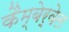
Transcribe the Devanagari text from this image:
कैम्बेर्वेल